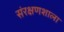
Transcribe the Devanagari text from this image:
संरक्षणशाला